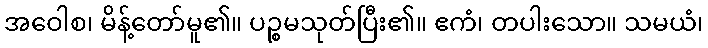
အဝေါစ၊ မိန့်တော်မူ၏။ ပဉ္စမသုတ်ပြီး၏။ ဧကံ၊ တပါးသော။ သမယံ၊